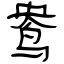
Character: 鸯